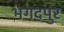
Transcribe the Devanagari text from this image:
भगदपुर